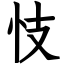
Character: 忮